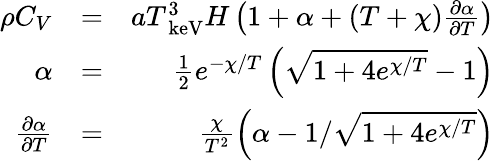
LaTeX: \begin{array}{rlr}{\rho C_{V}}&{=}&{aT_{\mathrm{~keV}}^{3}H\left(1+\alpha+\left(T+\chi\right)\frac{\partial\alpha}{\partial T}\right)}\\ {\alpha}&{=}&{\frac{1}{2}e^{-\chi/T}\left(\sqrt{1+4e^{\chi/T}}-1\right)}\\ {\frac{\partial\alpha}{\partial T}}&{=}&{\frac{\chi}{T^{2}}\left(\alpha-1/\sqrt{1+4e^{\chi/T}}\right)}\end{array}